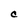
Character: C